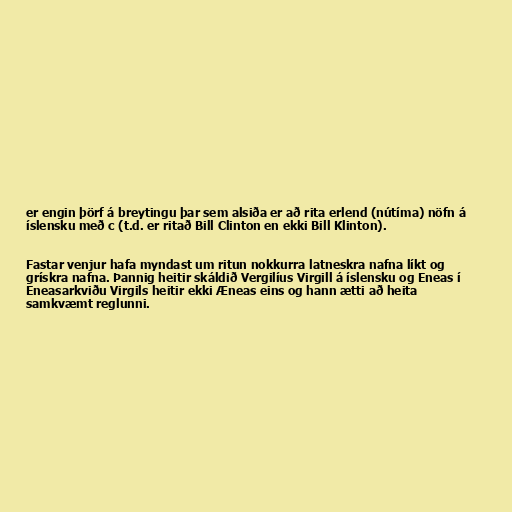
er engin þörf á breytingu þar sem alsiða er að rita erlend (nútíma) nöfn á
íslensku með c (t.d. er ritað Bill Clinton en ekki Bill Klinton).

Fastar venjur hafa myndast um ritun nokkurra latneskra nafna líkt og
grískra nafna. Þannig heitir skáldið Vergilíus Virgill á íslensku og Eneas í
Eneasarkviðu Virgils heitir ekki Æneas eins og hann ætti að heita
samkvæmt reglunni.